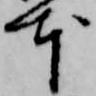
本